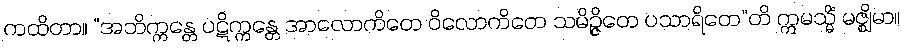
ကထိတာ။ “အဘိက္ကန္တေ ပဋိက္ကန္တေ အာလောကိတေ ဝိလောကိတေ သမိဉ္ဇိတေ ပသာရိတေ”တိ ဣမသ္မိံ မဇ္ဈိမာ။